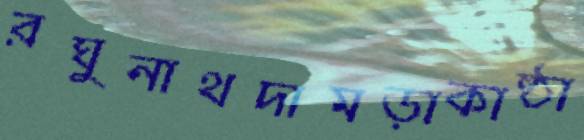
রঘুনাথদামড়াকাষ্ঠা